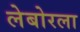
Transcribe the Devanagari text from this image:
लेबोरला